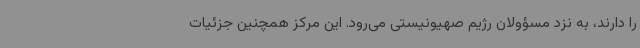
را دارند، به نزد مسؤولان رژیم صهیونیستی می‌رود. این مرکز همچنین جزئیات